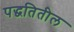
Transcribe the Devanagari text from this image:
पद्धतितील